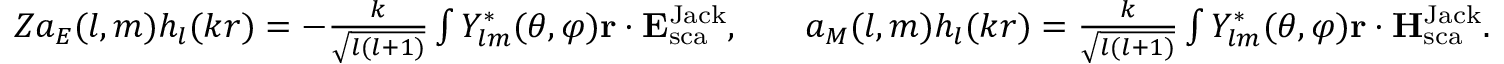
\begin{array} { r l r } { Z a _ { E } ( l , m ) h _ { l } ( k r ) = - \frac { k } { \sqrt { l ( l + 1 ) } } \int Y _ { l m } ^ { * } ( \theta , \varphi ) { \bf r } \cdot { \bf E } _ { \mathrm { s c a } } ^ { \mathrm { { J a c k } } } , } & { } & { a _ { M } ( l , m ) h _ { l } ( k r ) = \frac { k } { \sqrt { l ( l + 1 ) } } \int Y _ { l m } ^ { * } ( \theta , \varphi ) { \bf r } \cdot { \bf H } _ { \mathrm { s c a } } ^ { \mathrm { { J a c k } } } . } \end{array}